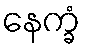
နေက္ခံ